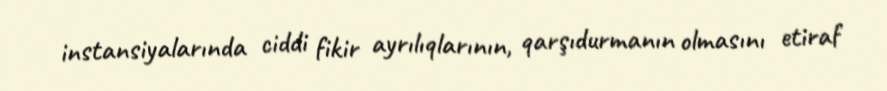
instansiyalarında ciddi fikir ayrılıqlarının, qarşıdurmanın olmasını etiraf